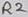
Text: R2